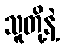
သူတို့နဲ့